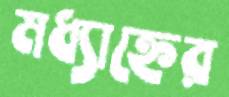
মধ্যাহ্নের